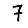
Digit: 7